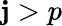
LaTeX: \mathbf{j}>p